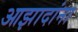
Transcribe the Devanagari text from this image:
आझादांना